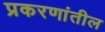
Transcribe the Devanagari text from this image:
प्रकरणांतील